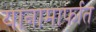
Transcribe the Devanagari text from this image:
यानामार्फात